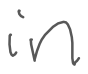
Text: in
Cross-out: clean
Writing tool: digital_gray